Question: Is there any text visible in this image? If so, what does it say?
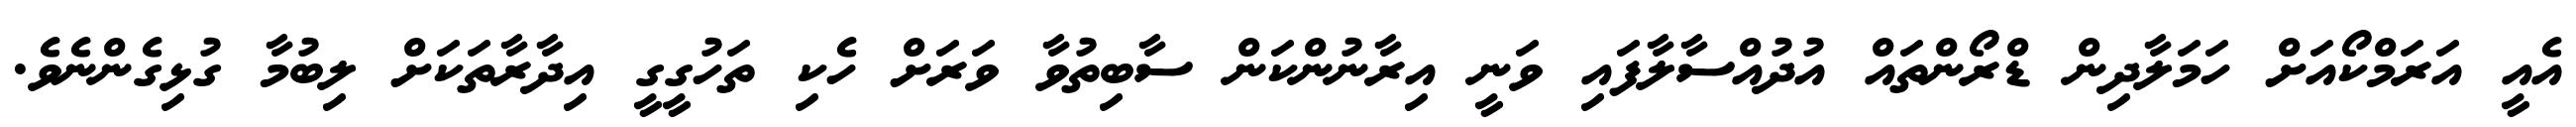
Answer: އެއީ އަރަމްކޯއަށް ހަމަލާދިން ޑްރޯންތައް އުދުއްސާލާފައި ވަނީ އިރާނުންކަން ސާބިތުވާ ވަރަށް ހެކި ތަހުގީގީ އިދާރާތަކަށް ލިބުމާ ގުޅިގެންނެވެ.